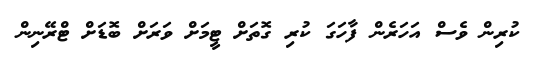
ކުރިން ވެސް އަހަރެން ފާހަގަ ކުރި ގޮތަށް ޓީމަށް ވަރަށް ބޮޑަށް ޓްރޭނިން